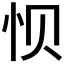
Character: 𮲀